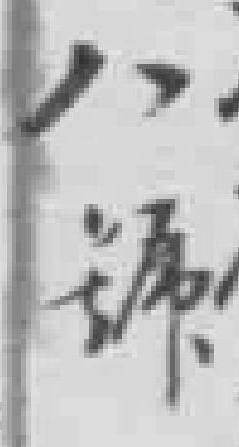
八號